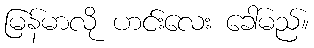
မြန်မာလို ဟင်းလေး ခေါ်မည်။